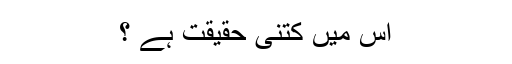
اس میں کتنی حقیقت ہے ؟